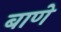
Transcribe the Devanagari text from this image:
बाणे